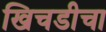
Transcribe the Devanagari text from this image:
खिचडीचा